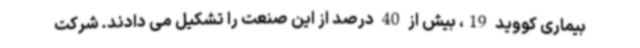
بیماری کووید 19، بیش از 40 درصد از این صنعت را تشکیل می دادند. شرکت